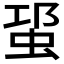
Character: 𧊡